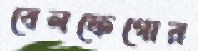
বেলফেগোর